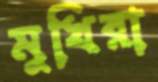
মুখিরা